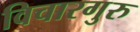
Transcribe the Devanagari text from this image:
विचारगुरु